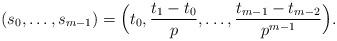
LaTeX: \begin{align*}(s_0,\dots,s_{m-1})=\Bigl(t_0,\frac{t_1-t_0}p,\dots,\frac{t_{m-1}-t_{m-2}}{p^{m-1}}\Bigr).\end{align*}